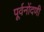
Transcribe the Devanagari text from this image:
पूर्वनोंदणी